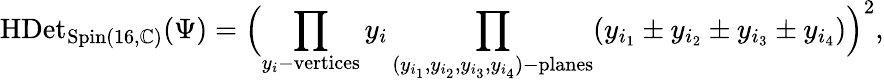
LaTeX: \mathrm{HDet}_{\operatorname{Spin}(16,\mathbb{C})}(\Psi)=\Bigl(\prod_{y_{i}\mathrm{-vertices}}y_{i}\prod_{(y_{i_{1}},y_{i_{2}},y_{i_{3}},y_{i_{4}})\mathrm{-planes}}(y_{i_{1}}\pm y_{i_{2}}\pm y_{i_{3}}\pm y_{i_{4}})\Bigr)^{2},